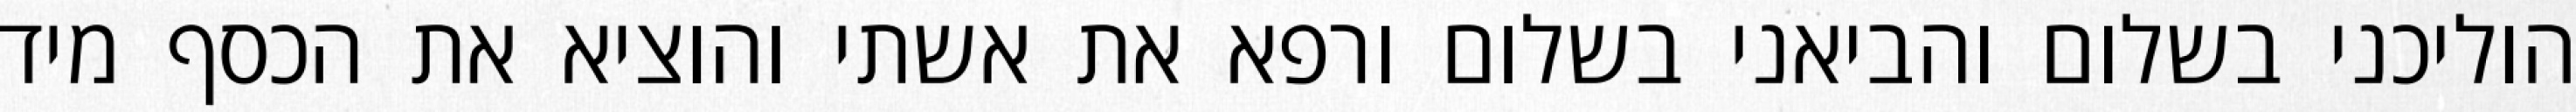
הוליכני בשלום והביאני בשלום ורפא את אשתי והוציא את הכסף מיד